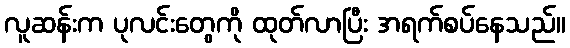
လူဆန်းက ပုလင်းတွေကို ထုတ်လာပြီး အရက်စပ်နေသည်။